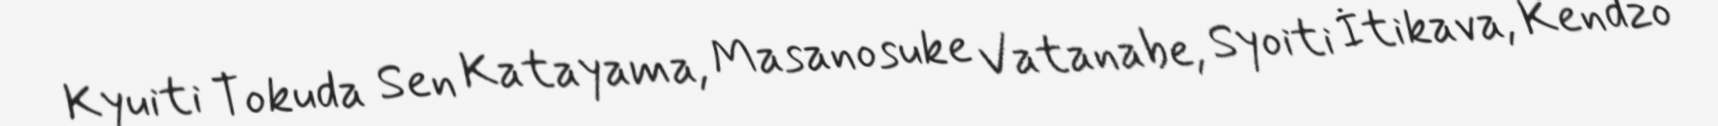
Kyuiti Tokuda Sen Katayama, Masanosuke Vatanabe, Syoiti İtikava, Kendzo